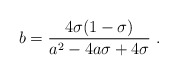
\begin{align*}{{b}} = {4\sigma (1-\sigma) \over {{a}}^2 -4 {{a}}\sigma + 4 \sigma}\ .\end{align*}